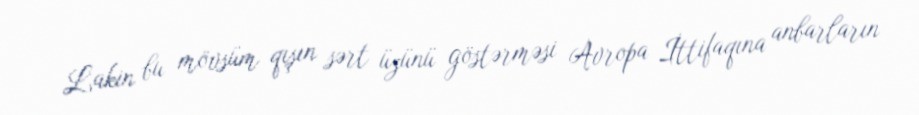
Lakin bu mövsüm qışın sərt üzünü göstərməsi Avropa İttifaqına anbarların